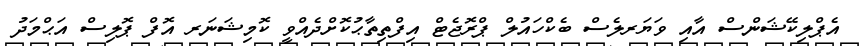
އެޕްލިކޭޝަންސް އާއި ވަޔަރލެސް ބެކްހައުލް ޕްރޮޖެޓް އިފްތިތާޙުކޮށްދެއްވީ ކޮމިޝަނަރ އޮފް ޕޮލިސް އަޙްމަދު